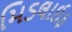
મિડલાઈફ